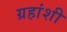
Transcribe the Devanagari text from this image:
ग्रहांशी